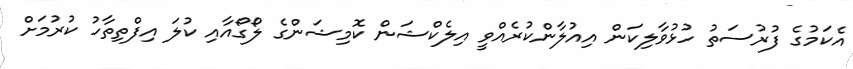
އެކަމުގެ ފުރުސަތު ހުޅުވާލިކަން އިއުލާންކުރެއްވީ އިލެކްޝަން ކޮމިޝަންގެ ލޯގޯއާއި ކުލަ އިފްތިތާހު ކުރުމަށް